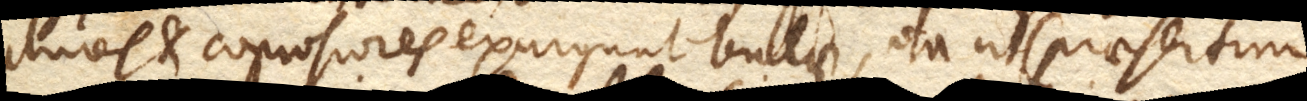
plures et copiosiores exurgunt bullae, ita ut (praesertim